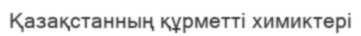
Қазақстанның құрметті химиктері